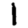
Digit: 1